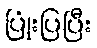
ပြုံးပြပြီး